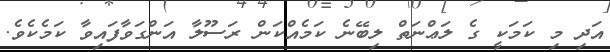
އަދި މި ކަމަކީ ގެ ލަޢްނަތް ލިބޭނެ ކަމެއްކަން ރަސޫލާ އަންގަވާފައިވާ ކަމެކެވެ.